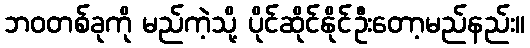
ဘဝတစ်ခုကို မည်ကဲ့သို့ ပိုင်ဆိုင်နိုင်ဦးတော့မည်နည်း။